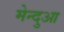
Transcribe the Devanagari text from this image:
मेन्दुआ